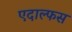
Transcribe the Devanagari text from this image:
एदाल्फस